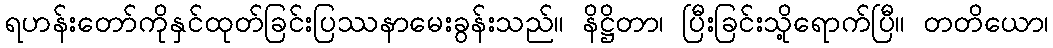
ရဟန်းတော်ကိုနှင်ထုတ်ခြင်းပြဿနာမေးခွန်းသည်။ နိဋ္ဌိတာ၊ ပြီးခြင်းသို့ရောက်ပြီ။ တတိယော၊